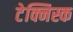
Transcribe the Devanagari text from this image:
टेक्निस्क